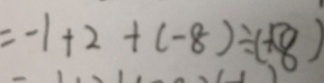
= - 1 + 2 + ( - 8 ) \div ( - 8 )